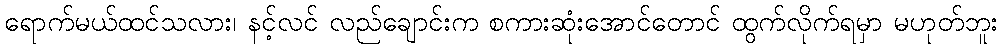
ရောက်မယ်ထင်သလား၊ နင့်လင် လည်ချောင်းက စကားဆုံးအောင်တောင် ထွက်လိုက်ရမှာ မဟုတ်ဘူး